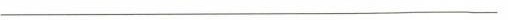
___